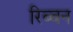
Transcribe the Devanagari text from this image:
रिब्बन